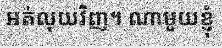
អត់លុយវិញ។ ណាមួយខ្ញុំ